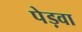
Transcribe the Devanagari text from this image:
पेड़वा